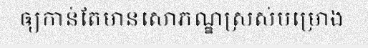
ឲ្យកាន់តែមានសោភណ្ឌស្រស់បម្រោង